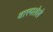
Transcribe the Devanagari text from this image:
वारपलेले